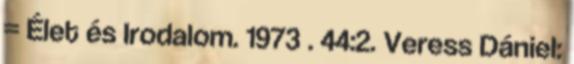
= Élet és Irodalom. 1973 . 44:2. Veress Dániel: